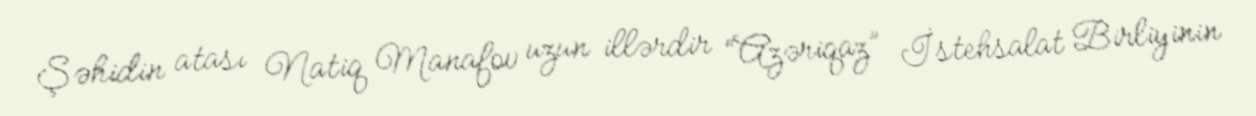
Şəhidin atası Natiq Manafov uzun illərdir “Azəriqaz” İstehsalat Birliyinin